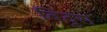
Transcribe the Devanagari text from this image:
बिंदुस